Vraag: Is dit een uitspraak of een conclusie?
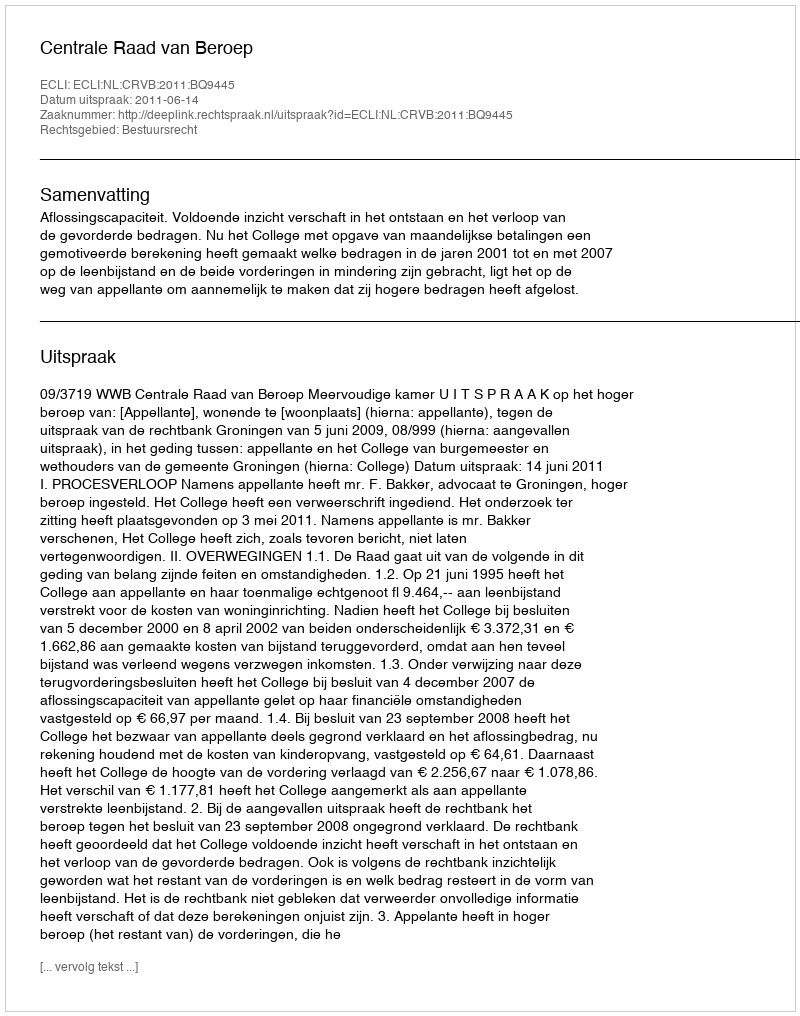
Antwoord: Uitspraak